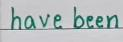
have been